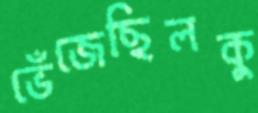
ভেঁজেছিলকু